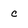
Character: C